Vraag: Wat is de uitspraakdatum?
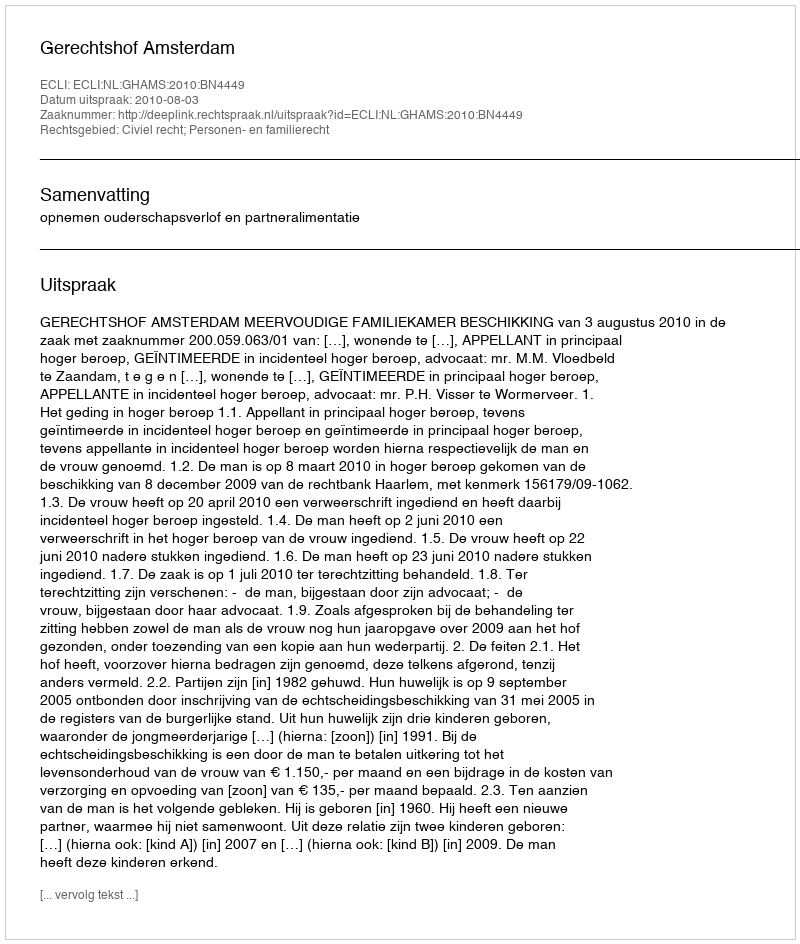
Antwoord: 2010-08-03